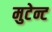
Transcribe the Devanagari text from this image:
मुटेन्ट